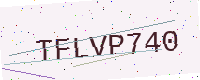
Text: TFLVP740